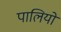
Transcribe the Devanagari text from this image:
पालियो